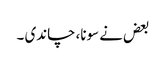
بعض نے سونا، چاندی ۔